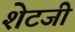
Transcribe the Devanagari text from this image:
शेटजी